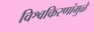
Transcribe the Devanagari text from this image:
विश्वकिरणांमुळे